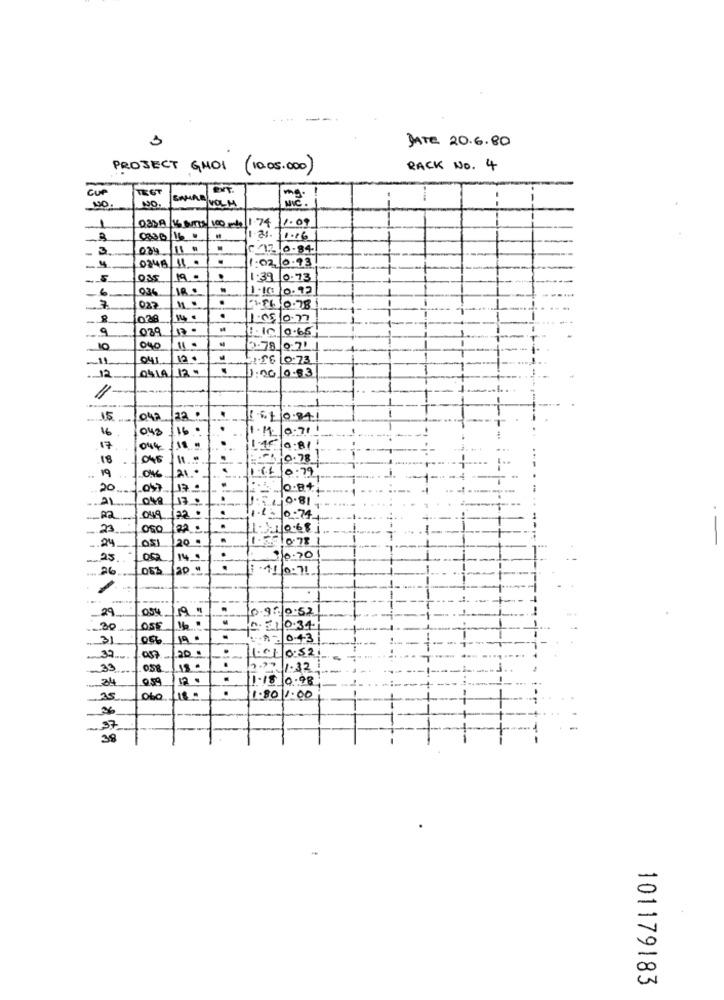
3
JATE 20.6.80
PROJECT GMOI
(10.05.000)
RACK NO. 4
TE GT
BYT.
cur
SAMAR
VOLM
NO.
1
1.00
Q3318/16 Burns/ 100 mb 1.74
0336/16.
10:31.
1.16
3
034 /11 "
.
€ 12 0.84
0348/11.
:02 0.93
035
19 ..
1.39 0.73
6
036
.
1.10 10.92
.
7
027
1.56 0.78
8
028
.
1.05/0.77
9
10
0.66
040
110
2.78 0:71
041
12 .
2.$6 0:73
12
0419/12
1:0010.83
22
15
1 6.10.841
16
048
16 .
0.711
17
044
18
1:15 0:81
18
045
11
-1 0.78
19
10.1 0.79
046
20
/170
.
048
17,
10.81
Ra
049
23
OSO
10.68
051
120-
24
25
LOSa
14.1
10.70
26
053
2D."
.
1 . 11 10: 71.
29
.
0.980.52
30
055
D . EL0.34
31
056
.
0.43
20 .
1.02|0.52
37
057
33
.
7.77 1.32
34
12 .
.
1.18 0-98
-
.
25
060
18 -
1.80 1.00
38
101179183